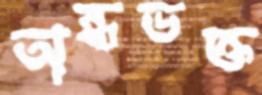
অন্ধভক্ত